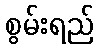
စွမ်းရည်